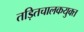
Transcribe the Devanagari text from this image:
तड़ितचालकयुक्त